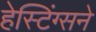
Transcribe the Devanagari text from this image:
हेस्टिंग्सने